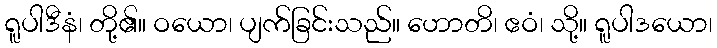
ရူပါဒီနံ၊ တို့၏။ ဝယော၊ ပျက်ခြင်းသည်။ ဟောတိ၊ ဧဝံ၊ သို့။ ရူပါဒယော၊